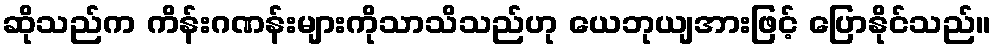
ဆိုသည်က ကိန်းဂဏန်းများကိုသာသိသည်ဟု ယေဘုယျအားဖြင့် ပြောနိုင်သည်။